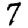
Digit: 7